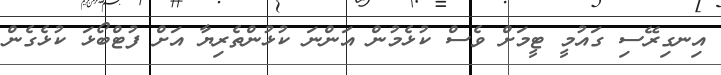
އިނގިރޭސި ގައުމީ ޓީމަށް ވެސް ކުޅެމުން އަންނަ ކުޅުންތެރިޔާ އަށް ފުޓްބޯޅަ ކުޅެގެން